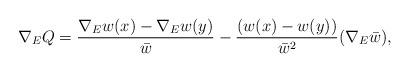
LaTeX: \begin{align*}\nabla_E Q = \frac{\nabla_E w(x) - \nabla_Ew(y)}{\bar w} - \frac{(w(x)-w(y))}{\bar w^2}(\nabla_E\bar w),\end{align*}